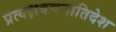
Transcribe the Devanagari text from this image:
प्रत्यक्षवचनातिदेश